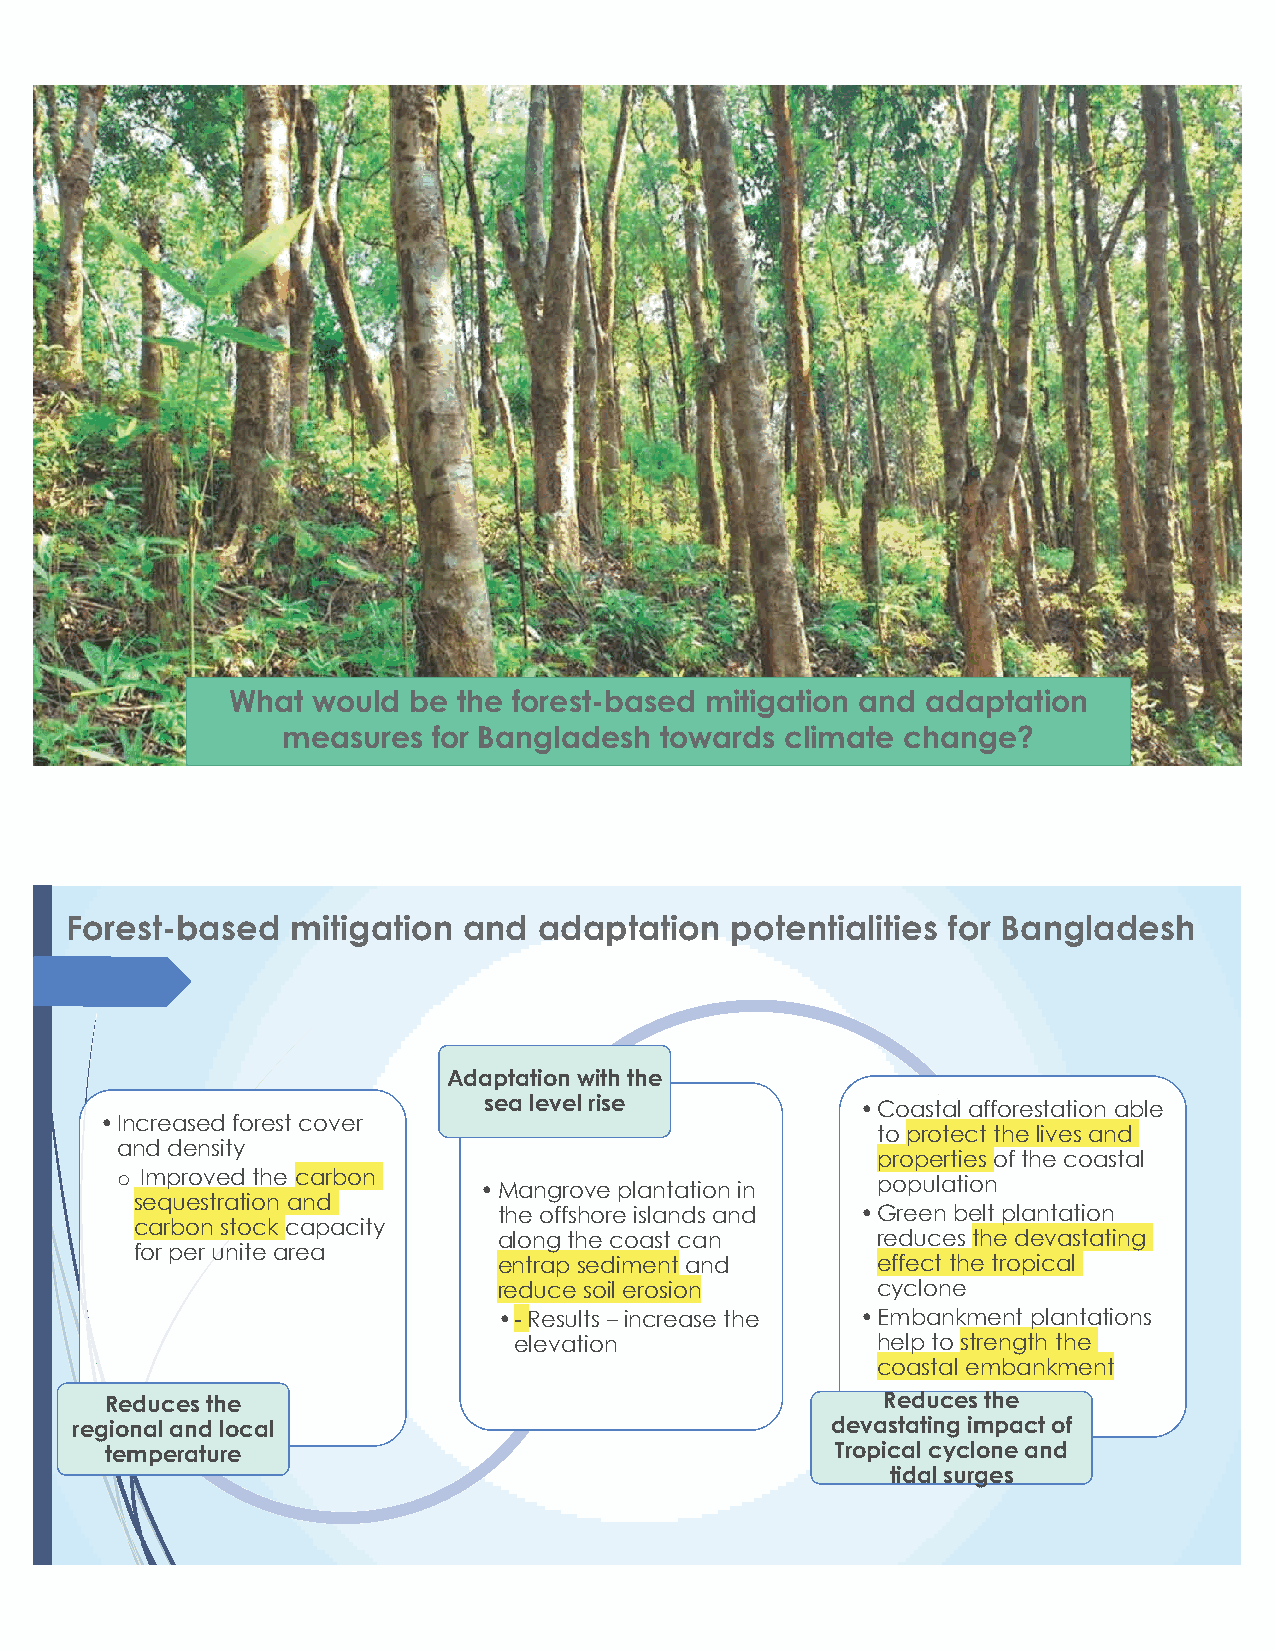
What  would be the forest-based mitigation and adaptation
 measures  for Bangladesh towards climate change?
 Forest-based   mitigation  and  adaptation  potentialities for Bangladesh
 Adaptation with the
 sea level rise           •Coastal afforestation able
 •Increased forest cover
 to protect the lives and
 and density
 properties of the coastal
 o Improved the carbon
 •Mangrove plantation in   population
 sequestration and
 the offshore islands and •Green belt plantation
 carbon stock capacity
 along the coast can      reduces the devastating
 for per unite area
 entrap sediment and      effect the tropical
 reduce soil erosion      cyclone
 •-Results –increase the •Embankment plantations
 elevation               help to strength the
 coastal embankment
 Reduces the                                        Reduces the
 regional and local                                devastating impact of
 temperature                                     Tropical cyclone and
 tidal surges